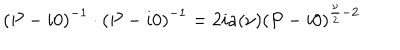
\left( P - i 0 \right) ^ { - 1 } \cdot \left( P - i 0 \right) ^ { - 1 } = 2 i a ( \nu ) \left( P - i 0 \right) ^ { \frac { \nu } { 2 } - 2 }